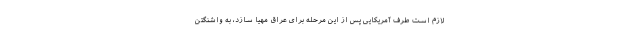
لازم است طرف آمریکایی پس از این مرحله برای عراق مهیا سازد، به واشنگتن